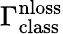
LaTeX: \Gamma_{\mathrm{class}}^{\mathrm{nloss}}